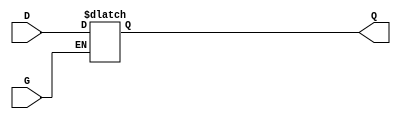
module gated_transparent_latch (
    input wire D,      // Data input
    input wire G,      // Enable signal
    output reg Q       // Output
);

// Always block to implement the latch behavior
always @ (D or G) begin
    if (G) begin
        Q <= D;      // When G is high, Q follows D
    end
    // When G is low, Q retains its previous value
end

endmodule